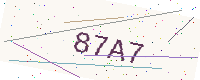
Text: 87A7